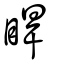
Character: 睅